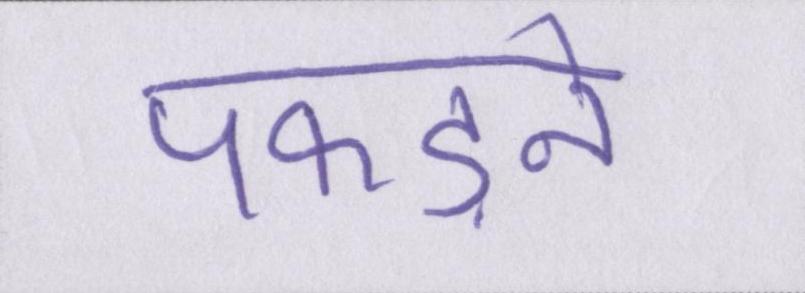
पकड़ने